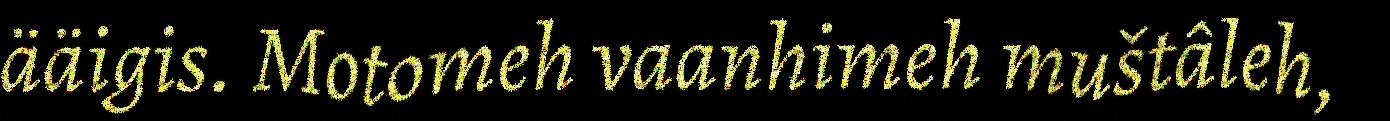
ääigis. Motomeh vaanhimeh muštâleh,